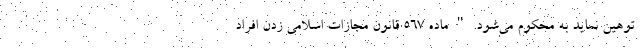
توهین نماید به محکوم می‌شود. " ماده ۵۶۷ قانون مجازات اسلامی زدن افراد